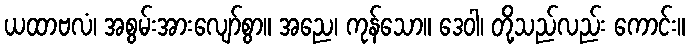
ယထာဗလံ၊ အစွမ်းအားလျော်စွာ။ အညေ၊ ကုန်သော။ ဒေဝါ၊ တို့သည်လည်း ကောင်း။